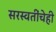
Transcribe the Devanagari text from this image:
सरस्वतींचेही